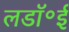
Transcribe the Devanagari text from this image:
लडॉ॰ई